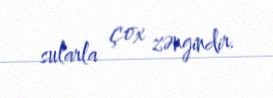
sularla çox zəngindir.